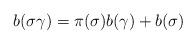
LaTeX: \begin{align*}b(\sigma\gamma)=\pi(\sigma)b(\gamma)+b(\sigma)\end{align*}